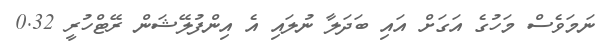
ނަމަވެސް މަހުގެ އަގަށް އައި ބަދަލާ ނުލައި އެ އިންފުލޭޝަން ރޭޓްހުރީ 0.32